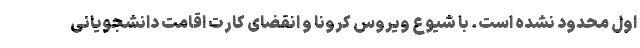
اول محدود نشده است. با شیوع ویروس کرونا و انقضای کارت اقامت دانشجویانی